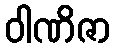
ဝါဏိဇာ